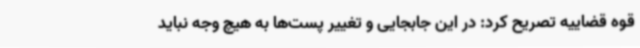
قوه قضاییه تصریح کرد: در این جابجایی و تغییر پست‌ها به هیچ وجه نباید